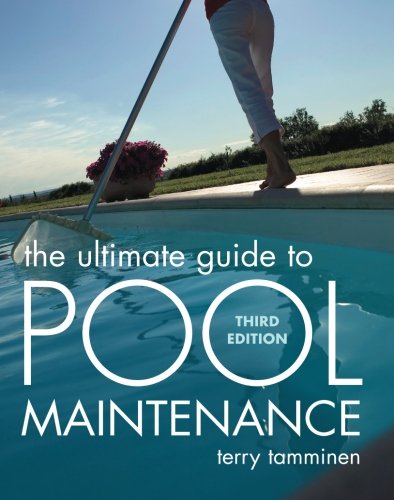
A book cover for The Ultimate Guide to Pool Maintenance, Third Edition; Terry Tamminen; Crafts, Hobbies & Home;